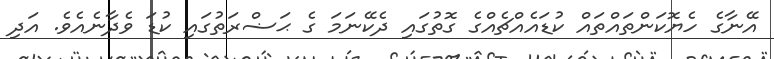
އޭނާގެ ހެޔޮކަންތައްތައް ކުޑައެއްޗެއްގެ ގޮތުގައި ދެކޭނަމަ ގެ ޙަޟްރަތުގައި ކުޑަ ވެދާނެއެވެ. އަދި